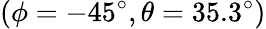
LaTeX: \left(\phi=-45^{\circ},\theta=35.3^{\circ}\right)